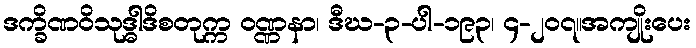
ဒက္ခိဏဝိသုဒ္ဓါဒိစတုက္က ဝဏ္ဏနာ၊ ဒီဃ-၃-ပါ-၁၉၃၊ ၄-၂၀၇။အကျိုးပေး